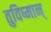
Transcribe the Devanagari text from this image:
तुविष्मान्